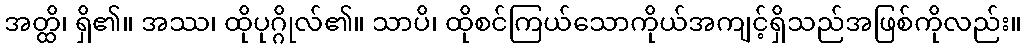
အတ္ထိ၊ ရှိ၏။ အဿ၊ ထိုပုဂ္ဂိုလ်၏။ သာပိ၊ ထိုစင်ကြယ်သောကိုယ်အကျင့်ရှိသည်အဖြစ်ကိုလည်း။